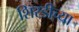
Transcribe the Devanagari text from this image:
शिरडीच्या